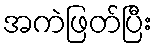
အကဲဖြတ်ပြီး